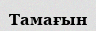
Тамағын